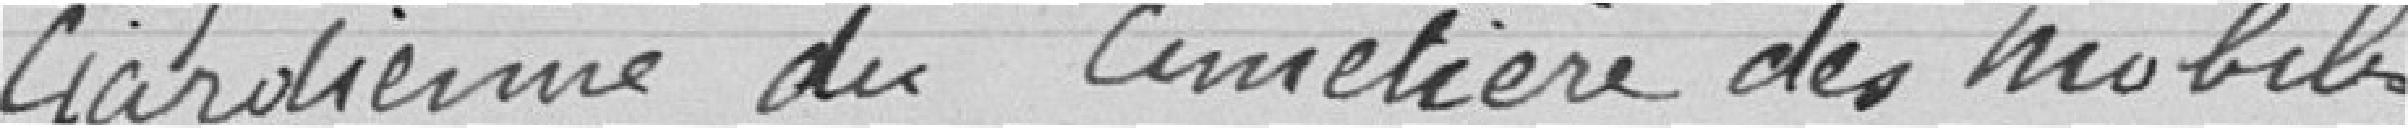
Gardienne du cimetière des mobiles